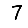
Digit: 7